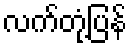
လက်တုံ့ပြန်